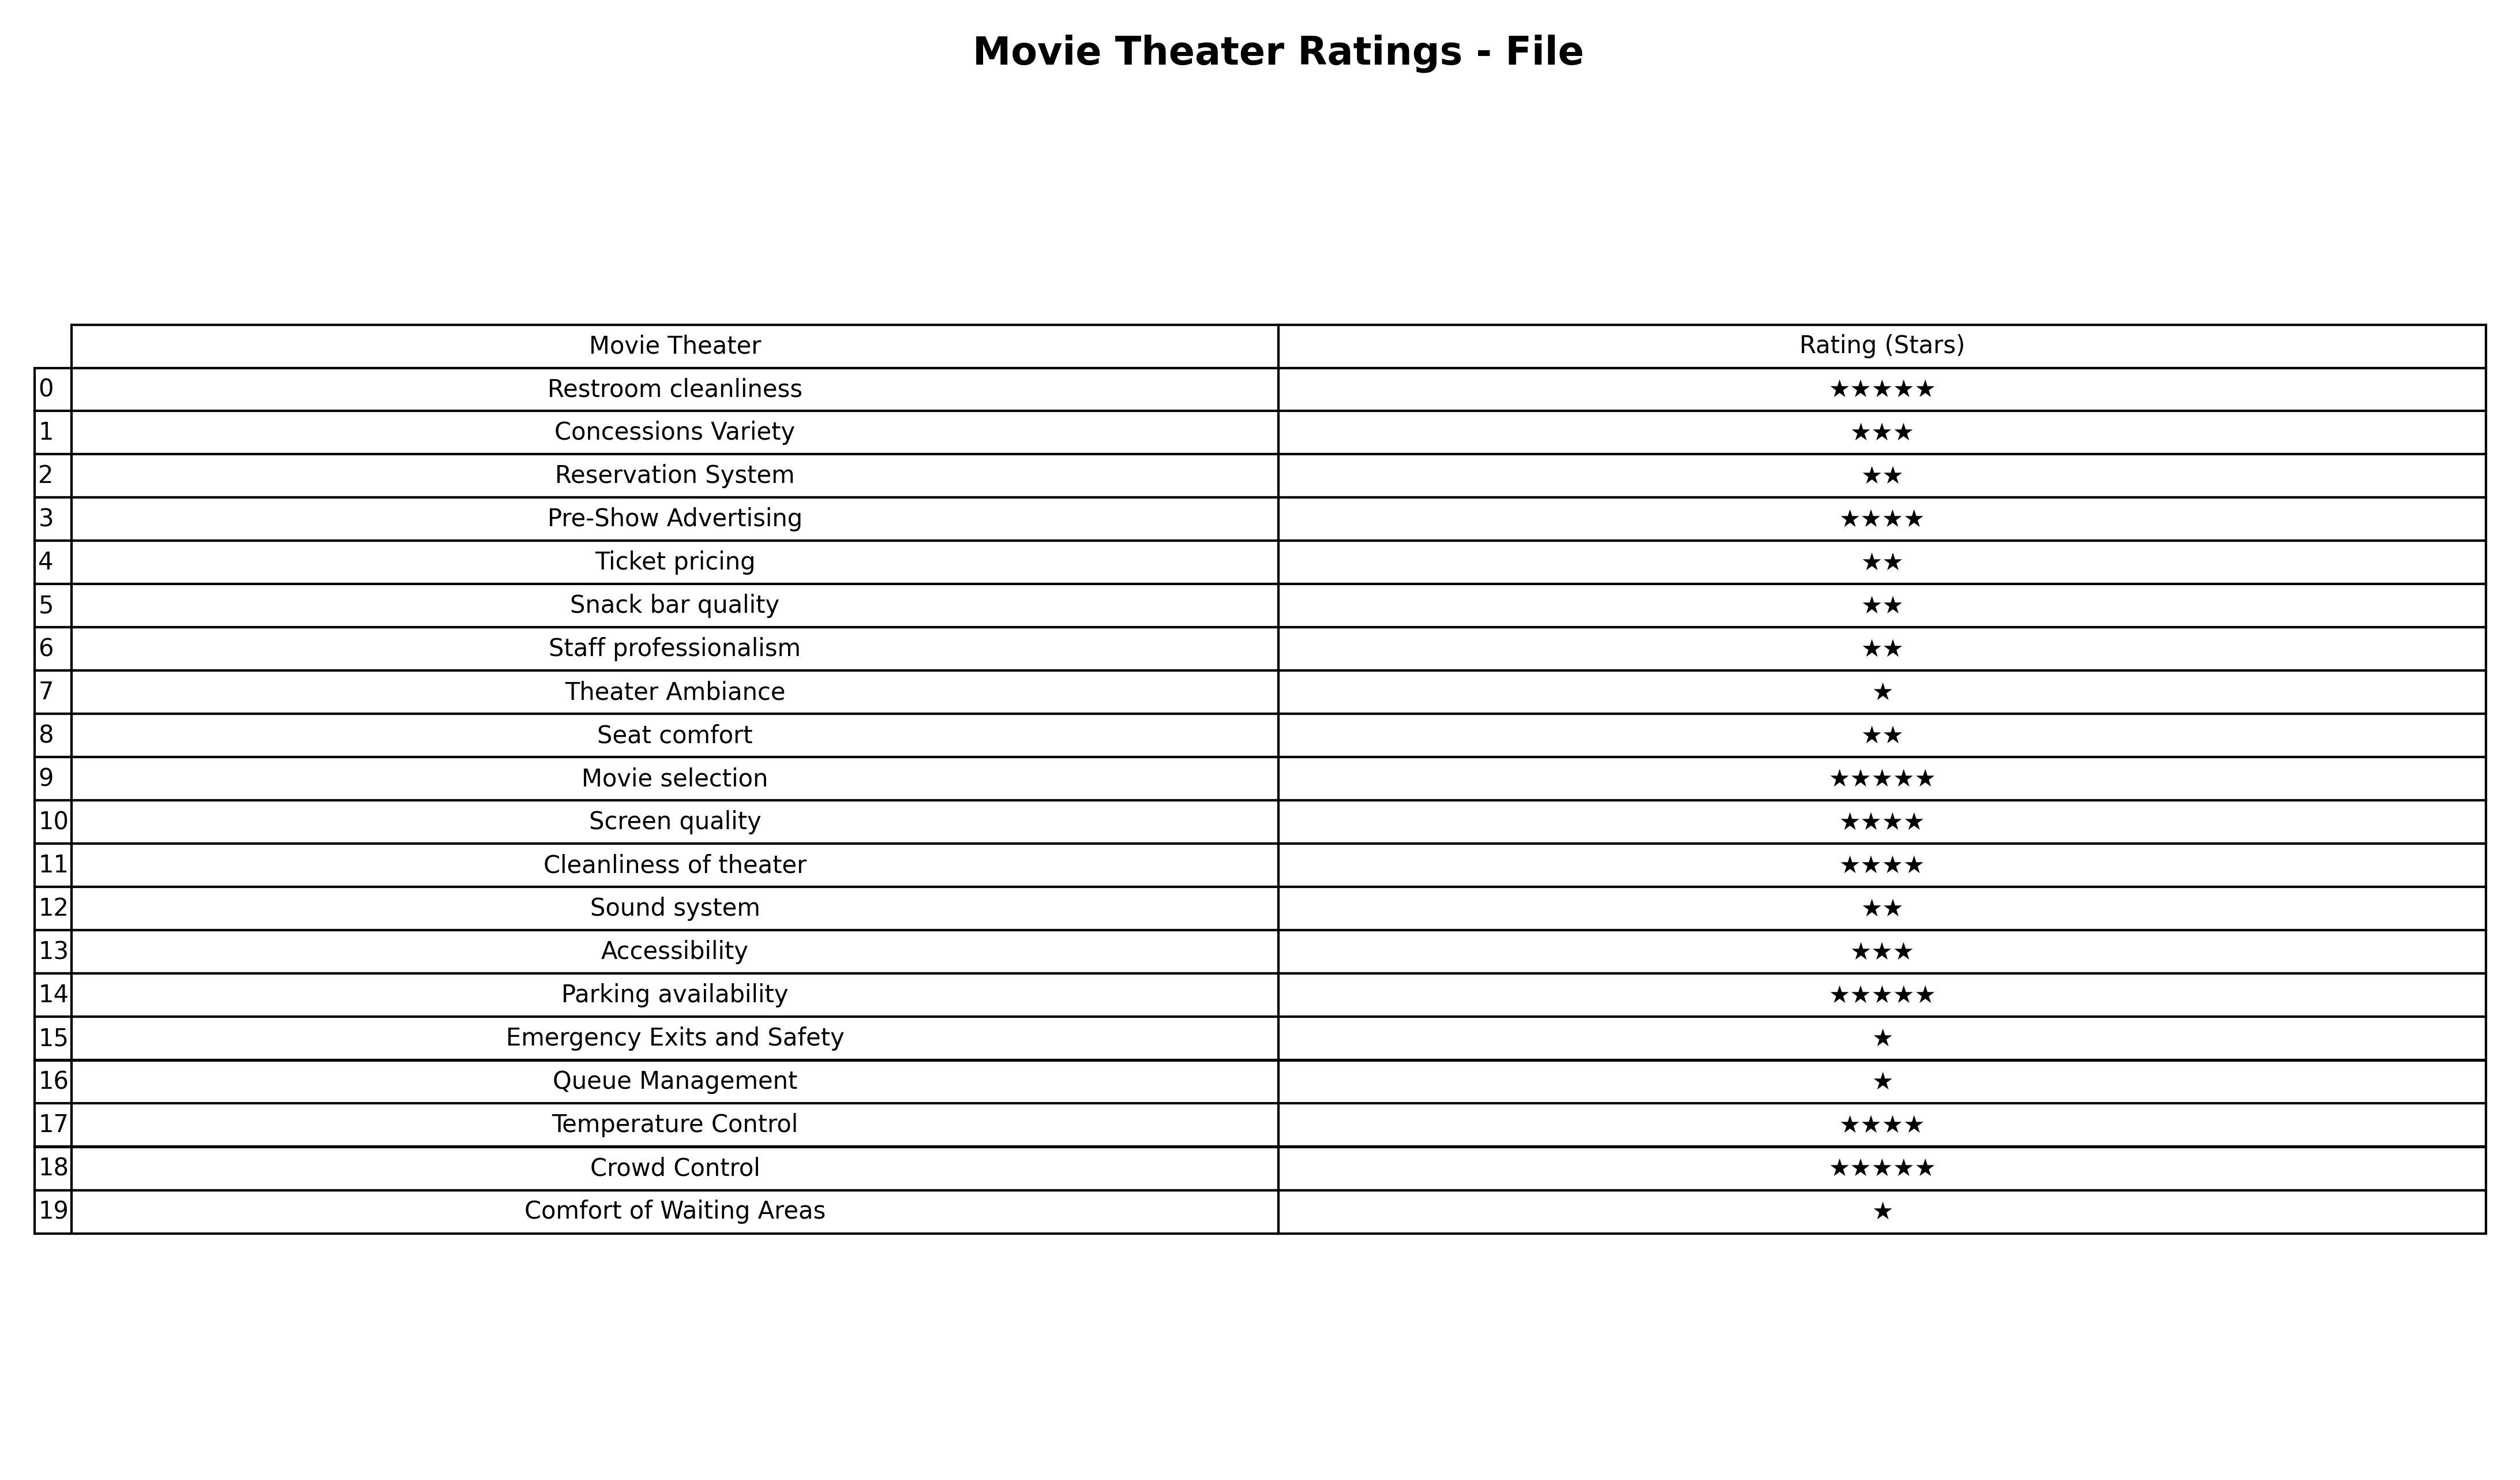
question: What is the rating of Theater Ambiance?
answer: ★